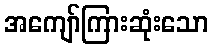
အကျော်ကြားဆုံးသော